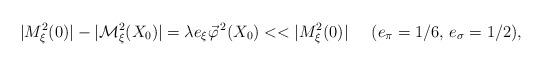
LaTeX: \begin{align*}|M_\xi^2 (0)| - |{\cal M}_\xi^2 (X_0)| = \lambda e_\xi \vec{\varphi}^{\, 2} (X_0) < < |M_\xi^2 (0)| \;\;\;\;\; (e_\pi = 1 / 6, \, e_\sigma = 1 / 2) ,\end{align*}